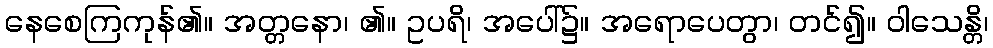
နေစေကြကုန်၏။ အတ္တနော၊ ၏။ ဥပရိ၊ အပေါ်၌။ အရောပေတွာ၊ တင်၍။ ဝါသေန္တိ၊